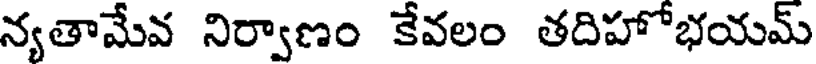
న్యతామేవ నిర్వాణం కేవలం తదిహోభయమ్